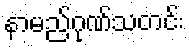
နာမည်ဂုဏ်သတင်း